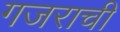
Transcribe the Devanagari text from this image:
गजराची